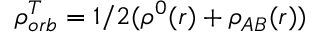
\rho _ { o r b } ^ { T } = 1 / 2 ( \rho ^ { 0 } ( r ) + \rho _ { A B } ( r ) )